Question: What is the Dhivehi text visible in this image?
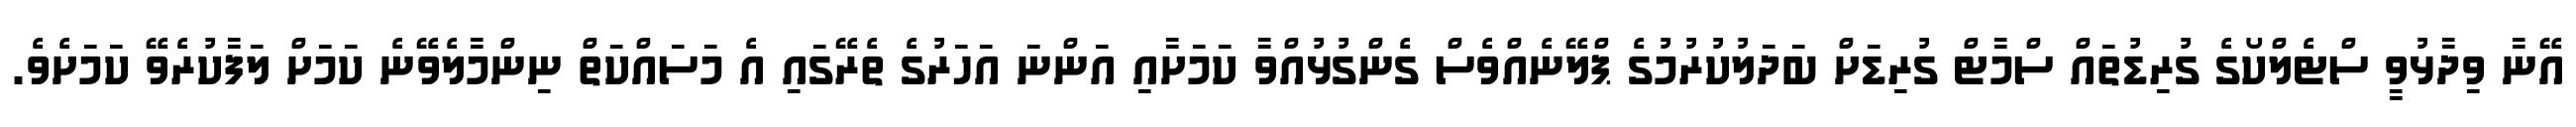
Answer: އޭނާ ވިދާޅުވީ ސްޓެލްކޯގެ ގުރިޑުތައް ސްމާޓް ގުރިޑަށް ބަދަލުކުރުމުގެ ޕްލޭނެއްވެސް ގެންގުޅުއްވާ ކަމަށާއި އަންނަ އަހަރުގެ ތެރޭގައި އެ މަސައްކަތް ނިންމާލެވޭނެ ކަމަށް ލަފާކުރެވޭ ކަމަށެވެ.